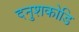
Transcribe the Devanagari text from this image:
दनुशकोडि